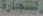
النجارة